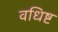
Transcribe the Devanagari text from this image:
वधिष्ट